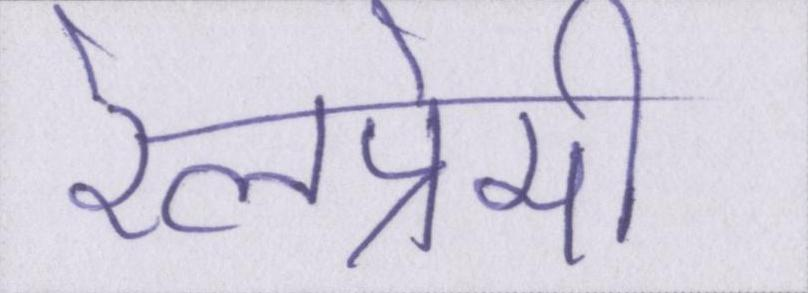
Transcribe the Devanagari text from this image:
रेलप्रेमी